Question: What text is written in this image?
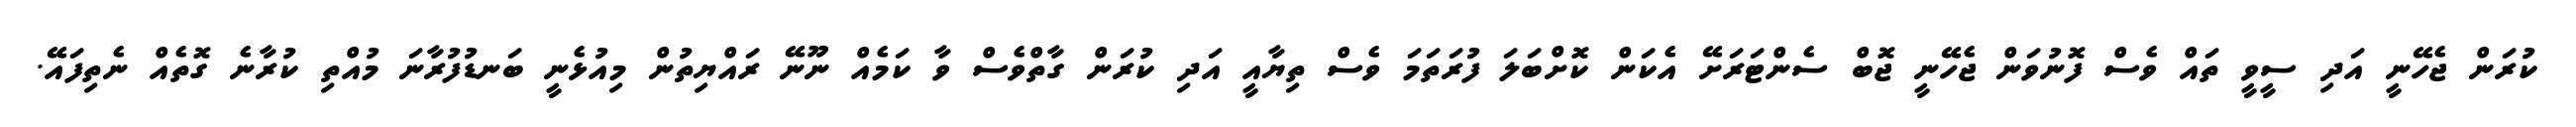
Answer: ކުރަން ޖެހޭނީ އަދި ސީވީ ތައް ވެސް ފޮނުވަން ޖެހޭނީ ޖޮބް ސެންޓަރަށޭ އެކަން ކޮށްބަލަ ފުރަތަމަ ވެސް ތިޔާއީ އަދި ކުރަން ގާތްވެސް ވާ ކަމެއް ނޫނޭ ރައްޔިތުން މިއުޅެނީ ބަނޑުފުރާނަ މުއްތި ކުރާނެ ގޮތެއް ނެތިފައޭ.